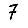
Digit: 7